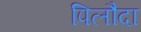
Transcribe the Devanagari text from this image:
पिलौदा